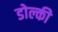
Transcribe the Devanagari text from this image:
डोल्की